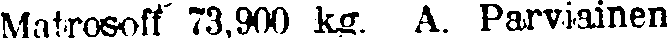
Matrosoff 73,900 kg. A. Parviainen